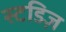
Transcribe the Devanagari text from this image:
स्टडिज़